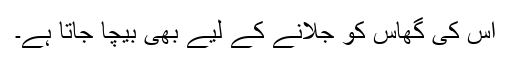
اس کی گھاس کو جلانے کے لیے بھی بیچا جاتا ہے۔